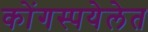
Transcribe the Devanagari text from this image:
कोंगस्पयेलेत